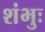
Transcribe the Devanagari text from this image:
शंभुः